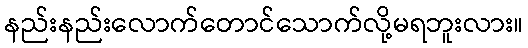
နည်းနည်းလောက်တောင်သောက်လို့မရဘူးလား။